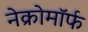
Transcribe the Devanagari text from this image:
नेक्रोमॉर्फ